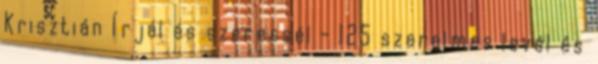
Krisztián Írjál és szeressél - 125 szerelmes levél és